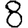
Digit: 8